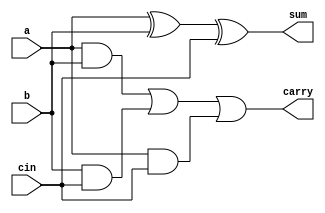
`timescale 1ns / 1ps


module fulladder( a,b,cin, sum, carry );
    input a;
    input b;
    input cin;
    output sum;
    output carry;
    
    wire t1,t2,t3;
   xor (sum, a, b, cin);
   and  (t1, a, b);
   and  (t2, b, cin);
   and (t3, a, cin);
   or (carry, t1, t2, t3);
    
endmodule

module halfadder(a,b,sum, carry);
    input a;
    input b;
    output carry;
    output sum;
    
    wire t2,t3,t4,t5;
    and g1(carry,a,b);
    not g3(t2,a);
    not g4(t3,b);
    and g5(t4,t2,b);
    and g6(t5,t3,a);
    or g7(sum,t4,t5);
    
endmodule


module wallace(input [7:0] a1, b1, output [15:0] result
    );
	 
	 wire [7:0] p0,p1,p2,p3,p4,p5,p6,p7;
//	 wire [9:0] a,b,cc,d;
//	 wire [10:0] c,ec,fc;
//	 wire [13:0] e;
//	 wire [14:0] f;
	 wire [7:0] r1, r2, r3, r4, r5, r6, r7, r8;
	 wire [64:0] cr;
	 wire [53:0] s;
	 
	 

	 assign r1[7:0] =  {8{b1[0]}};
	 assign r2[7:0] =  {8{b1[1]}};
	 assign r3[7:0] =  {8{b1[2]}};
	 assign r4[7:0] =  {8{b1[3]}};
	 assign r5[7:0] =  {8{b1[4]}};
	 assign r6[7:0] =  {8{b1[5]}};
	 assign r7[7:0] =  {8{b1[6]}};
	 assign r8[7:0] =  {8{b1[7]}};
	 
	 assign p0=a1&r1;
	 assign p1=a1&r2;
	 assign p2=a1&r3;
	 assign p3=a1&r4;
	 assign p4=a1&r5;
	 assign p5=a1&r6;
	 assign p6=a1&r7;
	 assign p7=a1&r8;
	
	assign result[0] = p0[0];
	halfadder a1241(p0[1], p1[0], s[1], cr[1]);
	fulladder a2(p0[2], p1[1], p2[0], s[2], cr[2]);
	fulladder a3(p0[3], p1[2], p2[1], s[3], cr[3]);
	fulladder a4(p0[4], p1[3], p2[2], s[4], cr[4]);	
	halfadder a5(p3[1], p4[0], s[10], cr[10]);
	fulladder a6(p0[5], p1[4], p2[3], s[5], cr[5]);
	fulladder a7(p3[2], p4[1], p5[0], s[11], cr[11]);
	fulladder a8(p0[6], p1[5], p2[4], s[6], cr[6]);
	fulladder a9(p3[3], p4[2], p5[1], s[12], cr[12]);
	fulladder a10(p0[7], p1[6], p2[5], s[7], cr[7]);
	fulladder a11(p3[4], p4[3], p5[2], s[13], cr[13]);
	halfadder a12(p1[7], p2[6], s[8], cr[8]);
	fulladder a13(p3[5], p4[4], p5[3], s[14], cr[14]);
	fulladder a14(p2[7], p3[6], p4[5], s[9], cr[9]);
	fulladder a15(p3[7], p4[6], p5[5], s[15], cr[15]);
	halfadder a16(p4[7], p5[6], s[16], cr[16]);	

	assign result[1] = s[1];
	halfadder a17(s[2], cr[1], s[17], cr[17]);
	fulladder a18(s[3], cr[2], p3[0], s[18], cr[18]);
	fulladder a19(s[4], cr[3], s[10], s[19], cr[19]);		
	fulladder a20(s[5], cr[4], s[11], s[20], cr[20]);
	fulladder a21(s[6], cr[5], s[12], s[21], cr[21]);  	
	fulladder a22(s[7], cr[6], s[13], s[22], cr[22]);
	fulladder a23(s[8], cr[7], s[14], s[23], cr[23]);
	fulladder a24(s[9], cr[8], cr[14], s[24], cr[24]);
	fulladder a25(cr[9], p6[4], p7[3], s[29], cr[29]);		
	fulladder a26(cr[15], p6[5], p7[4], s[30], cr[30]);
	fulladder a27(p5[7], p6[6], p7[5], s[31], cr[31]);
	halfadder a28(p6[7], p7[6], s[32], cr[32]);
	halfadder a29(p6[0], cr[11], s[25], cr[25]);
	fulladder a30(cr[12], p6[1], p7[0], s[26], cr[26]);
	fulladder a31(cr[13], p6[2], p7[1], s[27], cr[27]);
	fulladder a32(p5[4], p6[3], p7[2], s[28], cr[28]);

	assign result[2] = s[17];
	halfadder a33(s[18], cr[17], s[33], cr[33]);
	halfadder a34(s[19], cr[18], s[34], cr[34]);
	fulladder a35(s[20], cr[19], cr[10], s[35], cr[35]);
	fulladder a36(s[21], cr[20], s[25], s[36], cr[36]);
	fulladder a37(s[22], cr[21], s[26], s[37], cr[37]);
	fulladder a38(s[23], cr[22], s[27], s[38], cr[38]);
	fulladder a39(s[24], cr[23], s[28], s[39], cr[39]);
	fulladder a40(s[15], cr[24], s[29], s[40], cr[40]);
	halfadder a41(s[16], s[30], s[41], cr[41]);
	halfadder a42(cr[16], s[31], s[42], cr[42]);
	
	assign result[3] = s[33];
	halfadder a43(s[34], cr[33], s[43], cr[43]);
	halfadder a44(s[35], cr[34], s[44], cr[44]);
	halfadder a45(s[36], cr[35], s[45], cr[45]);
	fulladder a46(s[37], cr[36], cr[25], s[46], cr[46]);
	fulladder a47(s[38], cr[37], cr[26], s[47], cr[47]);	
	fulladder a48(s[39], cr[38], cr[27], s[48], cr[48]);
	fulladder a49(s[40], cr[39], cr[28], s[49], cr[49]);	
	fulladder a50(s[41], cr[40], cr[29], s[50], cr[50]);	
	fulladder a51(s[42], cr[30], cr[41], s[51], cr[51]);	
	fulladder a52(cr[42], s[32], cr[31], s[52], cr[52]);	
	halfadder a53(p7[7], cr[32], s[53], cr[53]);
	
	assign result[4] = s[43];
	halfadder a54(s[44], cr[43], result[5], cr[54]);
	fulladder a55(s[45], cr[44], cr[54], result[6], cr[55]);	
	fulladder a56(s[46], cr[45], cr[55], result[7], cr[56]);
	fulladder a57(s[47], cr[46], cr[56], result[8], cr[57]);
	fulladder a58(s[48], cr[47], cr[57], result[9], cr[58]);
	fulladder a59(s[49], cr[48], cr[58], result[10], cr[59]);
	fulladder a60(s[50], cr[49], cr[59], result[11], cr[60]);
	fulladder a61(s[51], cr[50], cr[60], result[12], cr[61]);
	fulladder a62(s[52], cr[51], cr[61], result[13], cr[62]);
	fulladder a63(s[53], cr[52], cr[62], result[14], cr[63]);
	assign result[15] = cr[53];
      
	 
endmodule